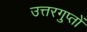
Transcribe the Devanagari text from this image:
उत्तरगुप्तों